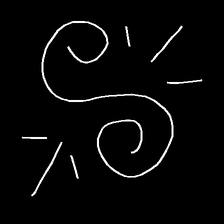
Glyph: wind-directs-air